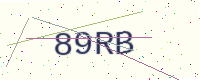
Text: 89RB